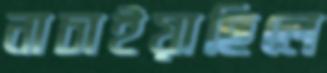
নাচাইয়াছিলে